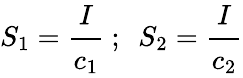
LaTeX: S_{1}={\cfrac{I}{c_{1}}}~;~~S_{2}={\cfrac{I}{c_{2}}}